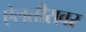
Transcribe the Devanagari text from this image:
ऐलतीरावर